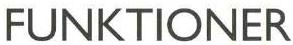
FUNKTIONER